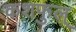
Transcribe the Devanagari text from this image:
कशफुल्